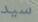
سيد